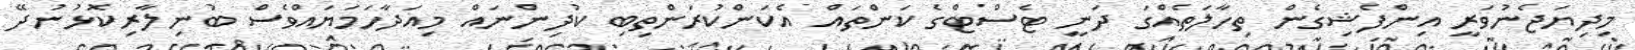
މިދިޔަޖެނުވަރީ އިންފެޝިގެން ތިހާލަތެއްގަ ދަނީ ޓެސްޓްގެ ކަންތައް އެކަންކުރަންތިބި ކުދިންނައް މިއަދާހަމަޔައްވެސް ބުނިލާރިކޮޅުނުދޭ